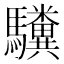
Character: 𫘚